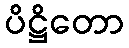
ပိဋ္ဌိတော